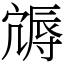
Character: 䢇